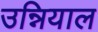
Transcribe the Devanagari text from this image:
उन्नियाल